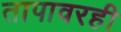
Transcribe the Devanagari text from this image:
तापावरही